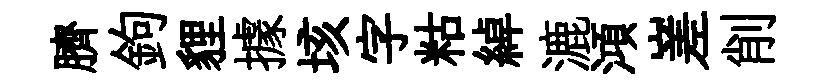
臍鉤貍據垓字䊀綽漉澒嵳削